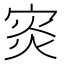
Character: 𡨼